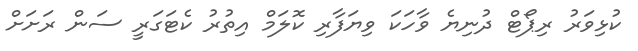
ކުޅިވަރު ރިޕޯޓް ދުނިޔެ ވާހަކަ ވިޔަފާރި ކޮލަމް އިތުރު ކެޓަގަރީ ސަން ރަށަށް